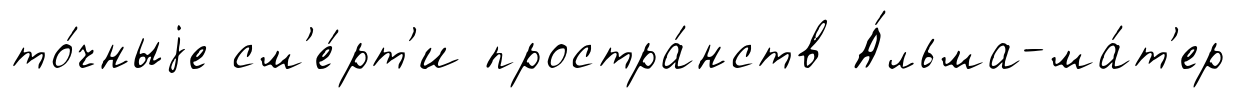
то́чныjе см'е́рт'и простра́нств А́льма-ма́т'ер